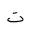
Letter: _ta